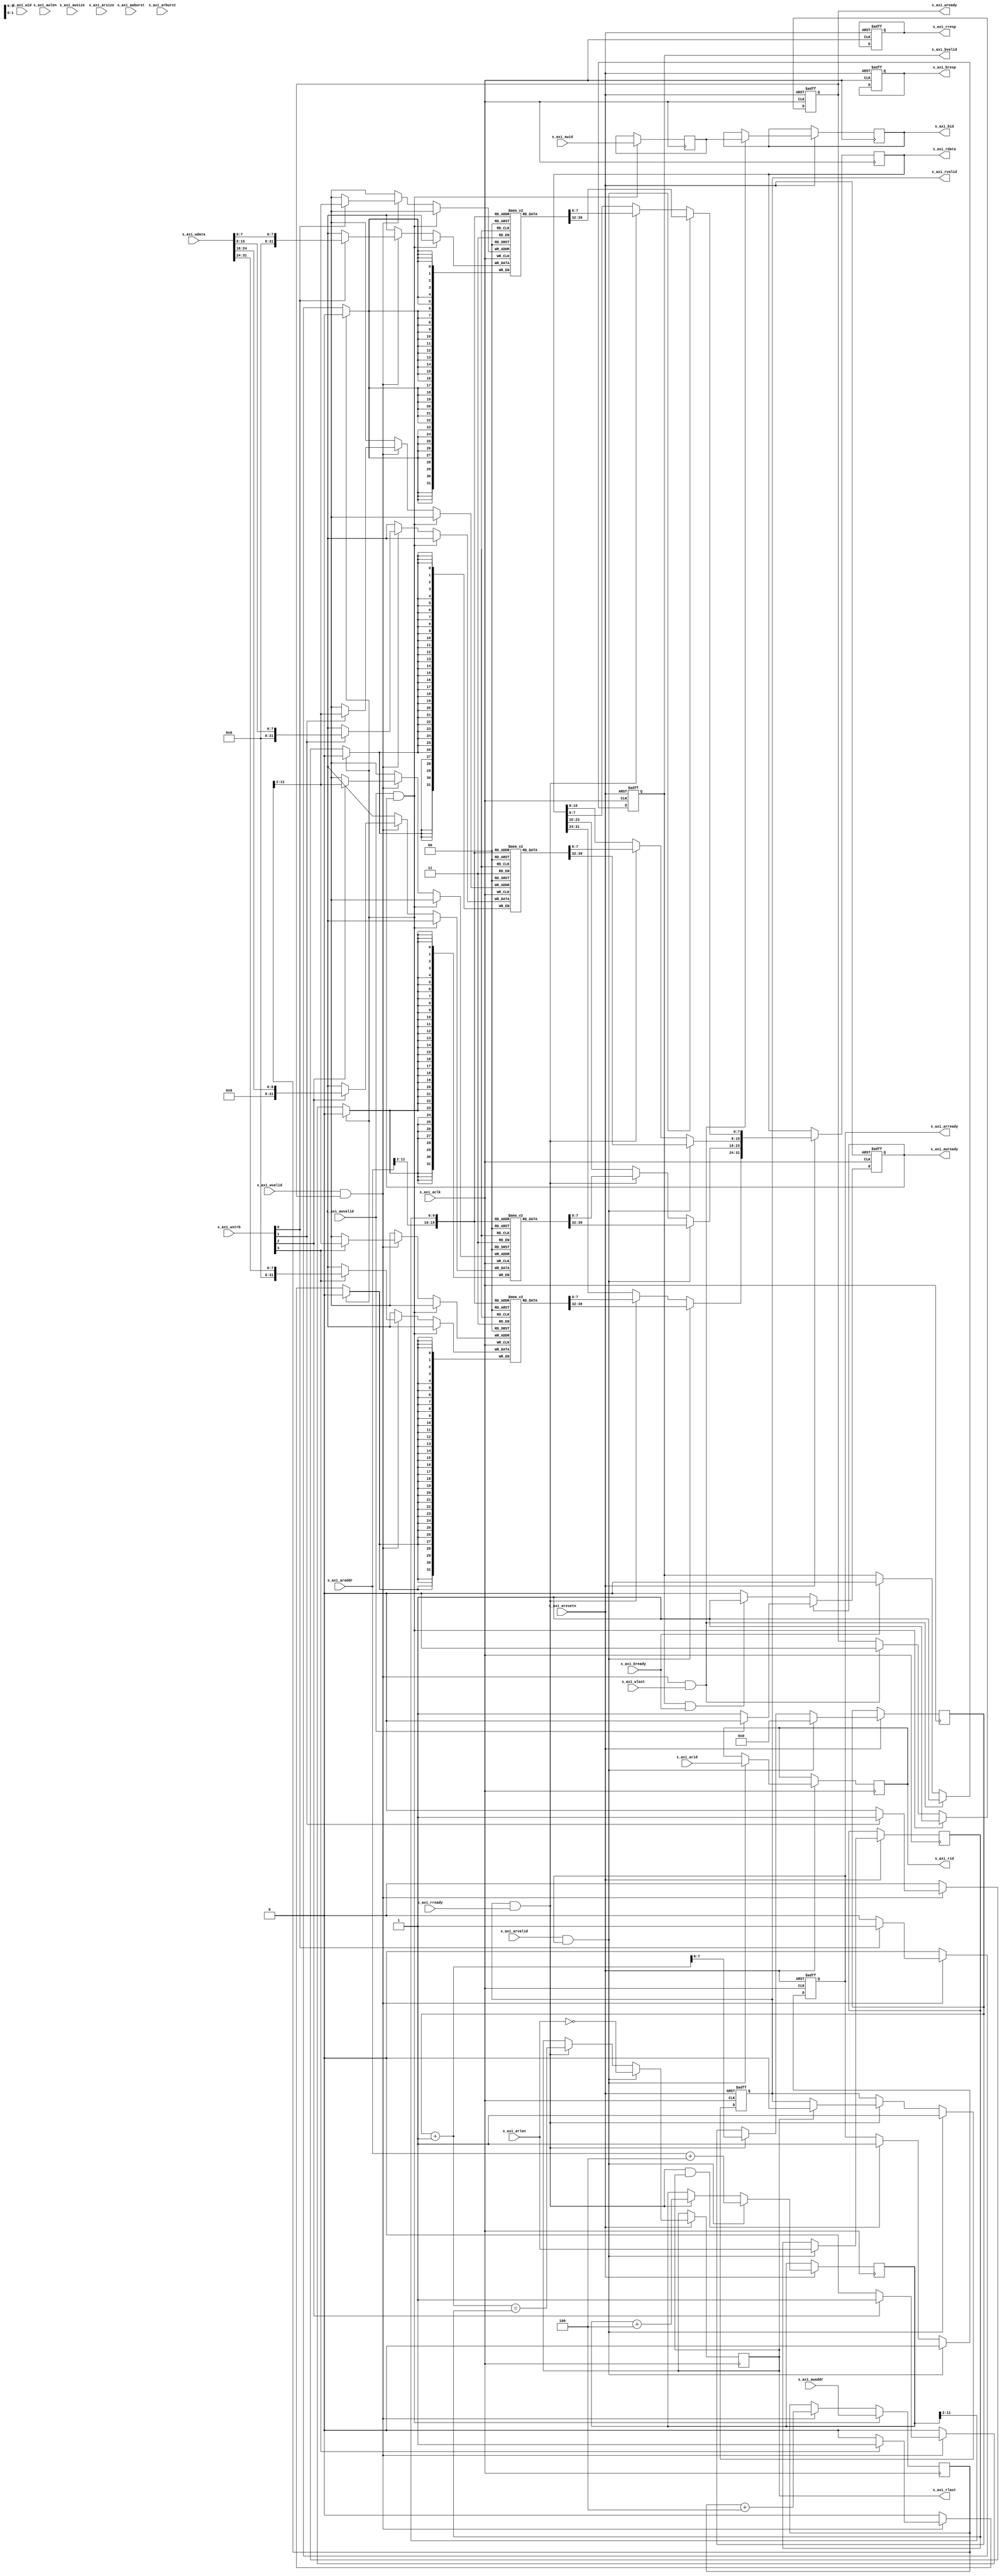
module axi_memory_model 
#(
	parameter MEMORY_DEPTH=1024,
	parameter S_AXI_ID_WIDTH=4,
	parameter S_AXI_DATA_WIDTH=32,
	parameter S_AXI_STRB_WIDTH=S_AXI_DATA_WIDTH/8,
	parameter INITIAL_VALUE=0
)
(
	// AXI Clock & Reset
	input	s_axi_aresetn,
	input	s_axi_aclk,

	// AXI Master Write Address
	input	[S_AXI_ID_WIDTH-1:0]	s_axi_awid,
	input	[31:0]	s_axi_awaddr,
	input	[7:0]	s_axi_awlen,
	input	[2:0]	s_axi_awsize,
	input	[1:0]	s_axi_awburst,
	//input	[0:0]	s_axi_awlock,
	//input	[3:0]	s_axi_awcache,
	//input	[2:0]	s_axi_awprot,
	//input	[3:0]	s_axi_awqos,
	input	s_axi_awvalid,
	output reg	s_axi_awready,

	// AXI Master Write Data
	input	[3:0] s_axi_wid,
	input	[S_AXI_DATA_WIDTH-1:0]	s_axi_wdata,
	input	[S_AXI_STRB_WIDTH-1:0]	s_axi_wstrb,
	input	s_axi_wlast,
	input	s_axi_wvalid,
	output reg	s_axi_wready,

	// AXI Master Write Response
	input	s_axi_bready,
	output reg	[S_AXI_ID_WIDTH-1:0]	s_axi_bid,
	output reg	[1:0]	s_axi_bresp,
	output reg	s_axi_bvalid,

	// AXI Master Read Address
	input	[S_AXI_ID_WIDTH-1:0]	s_axi_arid,
	input	[31:0]	s_axi_araddr,
	input	[7:0]	s_axi_arlen,
	input	[2:0]	s_axi_arsize,
	input	[1:0]	s_axi_arburst,
	//input	[0:0]	s_axi_arlock,
	//input	[3:0]	s_axi_arcache,
	//input	[2:0]	s_axi_arprot,
	//input	[3:0]	s_axi_arqos,
	input	s_axi_arvalid,
	output reg	s_axi_arready,

	// AXI Master Read Data
	input	s_axi_rready,
	output reg	[S_AXI_ID_WIDTH-1:0]	s_axi_rid,
	output reg	[S_AXI_DATA_WIDTH-1:0]	s_axi_rdata,
	output reg	[1:0]	s_axi_rresp,
	output reg	s_axi_rlast,
	output reg	s_axi_rvalid
);

function integer clogb2 (input integer size);
begin
	size = size - 1;
	for (clogb2=1; size>1; clogb2=clogb2+1)
		size = size >> 1;
end
endfunction
localparam MEM_ADDR_LSB = clogb2(S_AXI_STRB_WIDTH);
localparam MEM_ADDR_MSB = clogb2(MEMORY_DEPTH)+MEM_ADDR_LSB-1;

reg	[S_AXI_DATA_WIDTH-1:0]	mem_b0	[0:MEMORY_DEPTH-1];
reg	[S_AXI_DATA_WIDTH-1:0]	mem_b1	[0:MEMORY_DEPTH-1];
reg	[S_AXI_DATA_WIDTH-1:0]	mem_b2	[0:MEMORY_DEPTH-1];
reg	[S_AXI_DATA_WIDTH-1:0]	mem_b3	[0:MEMORY_DEPTH-1];
reg	[31:0]	write_addr;
//reg	[7:0]	write_len;
//reg	[7:0]	write_cnt;
reg	[31:0]	read_addr;
reg	[7:0]	read_len;
reg	[7:0]	read_cnt;
reg	[S_AXI_ID_WIDTH-1:0]	write_id;
reg	[S_AXI_ID_WIDTH-1:0]	read_id;

task write(input integer addr, input [S_AXI_DATA_WIDTH-1:0] data);
begin
	mem_b3[addr] = data[31:24];
	mem_b2[addr] = data[23:16];
	mem_b1[addr] = data[15:8];
	mem_b0[addr] = data[7:0];
end
endtask

task read(input integer addr, output [S_AXI_DATA_WIDTH-1:0] data);
begin
	data[31:24] = mem_b3[addr];
	data[23:16] = mem_b2[addr];
	data[15:8] = mem_b1[addr];
	data[7:0] = mem_b0[addr];
end
endtask

task clear;
reg [S_AXI_DATA_WIDTH-1:0] i;
begin
	for(i=0;i<MEMORY_DEPTH;i=i+1) begin
		mem_b3[i] = INITIAL_VALUE[31:24];
		mem_b2[i] = INITIAL_VALUE[23:16];
		mem_b1[i] = INITIAL_VALUE[15:8];
		mem_b0[i] = INITIAL_VALUE[7:0];
	end
end
endtask

initial begin:INIT
	clear;
end

////////////////////////////////////////////////////////////////////////////////
//% Write Stage
//% Address acknowledge
always @(posedge s_axi_aclk,negedge s_axi_aresetn)
begin
	if(!s_axi_aresetn) begin
		s_axi_awready <= 1'b1;
	end
	else if(s_axi_awready) begin
		if(s_axi_awvalid) begin
			s_axi_awready <= 1'b0;
		end
	end
	else if(s_axi_bvalid && s_axi_bready) begin
		s_axi_awready <= 1'b1;
	end
end

//% Data acknowledge
always @(posedge s_axi_aclk,negedge s_axi_aresetn)
begin
	if(!s_axi_aresetn) begin
		s_axi_wready <= 1'b0;
	end
	else if(s_axi_awvalid && s_axi_awready) begin
		s_axi_wready <= 1'b1;
	end
	else if(s_axi_wvalid && s_axi_wready && s_axi_wlast) begin
		s_axi_wready <= 1'b0;
	end
end

//% Data write 
always @(posedge s_axi_aclk)
begin
	if(s_axi_awvalid && s_axi_awready) begin
			write_addr <= s_axi_awaddr;
			//write_len <= s_axi_awlen;
			//write_cnt <= 'b0;
			write_id <= s_axi_awid;
	end
	else if(s_axi_wvalid && s_axi_wready) begin:DATA_WRITE
		if(s_axi_wstrb[3]) mem_b3[write_addr[MEM_ADDR_MSB:MEM_ADDR_LSB]] <= s_axi_wdata[31:24];
		if(s_axi_wstrb[2]) mem_b2[write_addr[MEM_ADDR_MSB:MEM_ADDR_LSB]] <= s_axi_wdata[24:16];
		if(s_axi_wstrb[1]) mem_b1[write_addr[MEM_ADDR_MSB:MEM_ADDR_LSB]] <= s_axi_wdata[15:8];
		if(s_axi_wstrb[0]) mem_b0[write_addr[MEM_ADDR_MSB:MEM_ADDR_LSB]] <= s_axi_wdata[7:0];
		write_addr <= write_addr + S_AXI_STRB_WIDTH;
		//write_cnt <= write_cnt + 1;
	end
end

//% Write response
always @(posedge s_axi_aclk,negedge s_axi_aresetn)
begin
	if(!s_axi_aresetn) begin
		s_axi_bvalid <= 1'b0;
		s_axi_bresp <= 2'b0;
	end
	else if(s_axi_wvalid && s_axi_wready && s_axi_wlast) begin
		s_axi_bvalid <= 1'b1;
		s_axi_bid <= write_id;
	end
	else if(s_axi_bready) begin
		s_axi_bvalid <= 1'b0;
	end
end

////////////////////////////////////////////////////////////////////////////////
//% Read Stage
//% Read Address Acknowledge
always @(posedge s_axi_aclk, negedge s_axi_aresetn)
begin
	if(!s_axi_aresetn) begin
		s_axi_arready <= 1'b1;
	end
	else if(s_axi_arvalid && s_axi_arready) begin
		s_axi_arready <= 1'b0;
	end
	else if(s_axi_rvalid && s_axi_rready && s_axi_rlast) begin
		s_axi_arready <= 1'b1;
	end
end

//% Read Data Response
always @(posedge s_axi_aclk, negedge s_axi_aresetn) 
begin
	if(!s_axi_aresetn) begin
		s_axi_rvalid <= 1'b0;
		s_axi_rresp <= 2'b0;
	end
	else if(s_axi_arvalid && s_axi_arready) begin
		s_axi_rdata[31:24] <= mem_b3[s_axi_araddr[MEM_ADDR_MSB:MEM_ADDR_LSB]];
		s_axi_rdata[23:16] <= mem_b2[s_axi_araddr[MEM_ADDR_MSB:MEM_ADDR_LSB]];
		s_axi_rdata[15:8] <= mem_b1[s_axi_araddr[MEM_ADDR_MSB:MEM_ADDR_LSB]];
		s_axi_rdata[7:0] <= mem_b0[s_axi_araddr[MEM_ADDR_MSB:MEM_ADDR_LSB]];

		s_axi_rlast <= s_axi_arlen==0;
		s_axi_rvalid <= 1'b1;
		s_axi_rid <= s_axi_arid;

		read_addr <= s_axi_araddr + S_AXI_STRB_WIDTH;
		read_len <= s_axi_arlen;
		read_cnt <= 0;
		read_id <= s_axi_arid;
	end
	else if(s_axi_rvalid && s_axi_rready) begin
		s_axi_rdata[31:24] <= mem_b3[read_addr[MEM_ADDR_MSB:MEM_ADDR_LSB]];
		s_axi_rdata[23:16] <= mem_b2[read_addr[MEM_ADDR_MSB:MEM_ADDR_LSB]];
		s_axi_rdata[15:8] <= mem_b1[read_addr[MEM_ADDR_MSB:MEM_ADDR_LSB]];
		s_axi_rdata[7:0] <= mem_b0[read_addr[MEM_ADDR_MSB:MEM_ADDR_LSB]];

		s_axi_rlast <= read_cnt+1==read_len;
		if(s_axi_rlast) begin
			s_axi_rvalid <= 1'b0;
		end

		read_addr <= read_addr + S_AXI_STRB_WIDTH;
		read_cnt <= read_cnt+1;
	end
end
endmodule